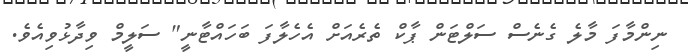
ނިންމާފަ މާލެ ގެނެސް ސަލްޓަން ޕާކް ތެރެއަށް އެހެލާފަ ބަހައްޓާނީ" ސަލީމް ވިދާޅުވިއެވެ.